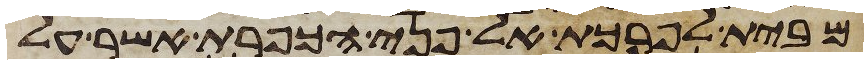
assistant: מבית לפרכת אל פני הכפרת אשר על